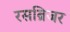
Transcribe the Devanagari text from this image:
रसब्रिजर